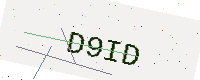
Text: D9ID